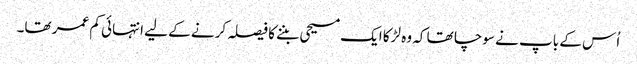
اُس کے باپ نے سوچا تھا کہ وہ لڑکا ایک مسیحی بننے کا فیصلہ کرنے کے لیے انتہائی کم عمر تھا۔